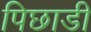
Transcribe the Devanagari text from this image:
पिछाडी